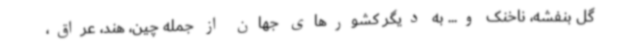
گل بنفشه، ناخنک و... به دیگر کشورهای جهان از جمله چین، هند، عراق،